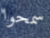
سمحوا